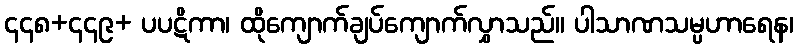
၄၄၈+၄၄၉+ ပပဋိကာ၊ ထိုကျောက်ချပ်ကျောက်လွှာသည်။ ပါသာဏသမ္ပဟာရေန၊